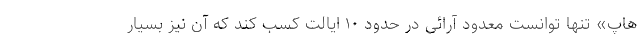
هاپ» تنها توانست معدود آرائی در حدود ۱۰ ایالت کسب کند که آن نیز بسیار